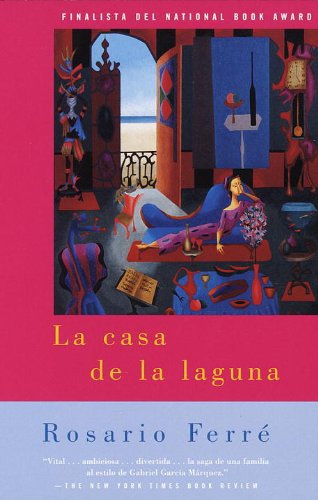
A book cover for La casa de la laguna; Rosario FerrÃ©; Literature & Fiction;